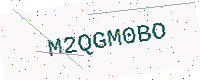
Text: M2QGM0BO